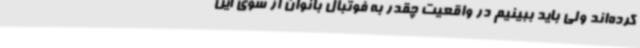
کرده‌اند ولی باید ببینیم در واقعیت چقدر به فوتبال بانوان از سوی این